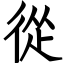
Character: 從